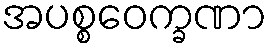
အပစ္စဝေက္ခဏာ